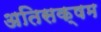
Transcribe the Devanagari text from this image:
अतिसक्षम